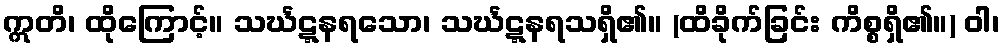
ဣတိ၊ ထိုကြောင့်။ သင်္ဃဋ္ဋနရသော၊ သင်္ဃဋ္ဋနရသရှိ၏။ (ထိခိုက်ခြင်း ကိစ္စရှိ၏။) ဝါ၊